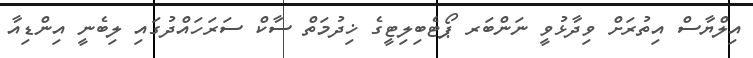
އިލްޔާސް އިތުރަށް ވިދާޅުވީ ނަންބަރ ޕޯޓެބިލިޓީގެ ޚިދުމަތް ސާކް ސަރަހައްދުގައި ލިބެނީ އިންޑިއާ